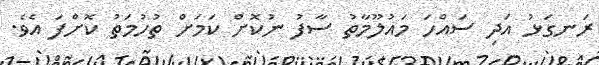
ރަނގަޅު އަދި ސައްހަ މައުލޫމާތު ސާފު ނުކޮށް ކަމަށް ތުހުމަތު ކޮށްފަ އެވެ.